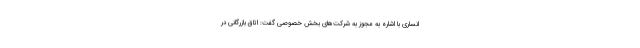
انساری با اشاره به مجوز به شرکت‌های بخش خصوصی گفت: اتاق بازرگانی در